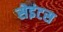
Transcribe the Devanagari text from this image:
सेइंटस